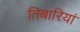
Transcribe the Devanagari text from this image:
तिबारियां